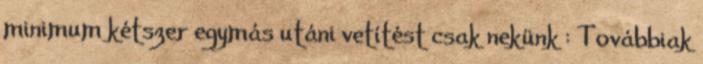
minimum kétszer egymás utáni vetítést csak nekünk : Továbbiak